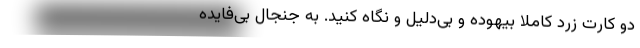
دو کارت زرد کاملاً بیهوده و بی‌دلیل و نگاه کنید. به جنجال بی‌فایده